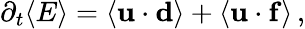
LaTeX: \begin{array}{r}{\partial_{t}\langle E\rangle=\langle{\mathbf u}\cdot{\mathbf d}\rangle+\langle{\mathbf u}\cdot{\mathbf f}\rangle\, ,}\end{array}